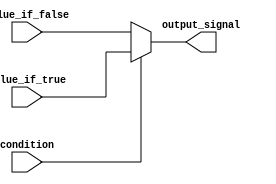
module conditional_assignment (
    input wire condition,          // Control signal
    input wire [7:0] value_if_true,  // Data signal if condition is true
    input wire [7:0] value_if_false, // Data signal if condition is false
    output wire [7:0] output_signal  // Output signal driven by the conditional assignment
);

// Continuous assignment using the ternary operator
assign output_signal = (condition) ? value_if_true : value_if_false;

endmodule